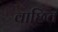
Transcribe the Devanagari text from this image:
वाछित